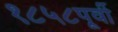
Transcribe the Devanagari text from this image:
१८५८पूर्वी